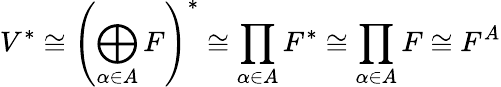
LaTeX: V^{*}\cong\left(\bigoplus_{\alpha\in A}F\right)^{*}\cong\prod_{\alpha\in A}F^{*}\cong\prod_{\alpha\in A}F\cong F^{A}